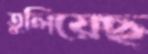
তুলিয়েছ